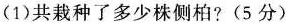
(1)共栽种了多少株侧柏?(5分)